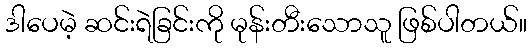
ဒါပေမဲ့ ဆင်းရဲခြင်းကို မုန်းတီးသောသူ ဖြစ်ပါတယ်။